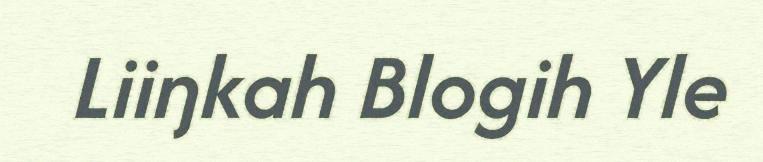
Liiŋkah Blogih Yle